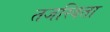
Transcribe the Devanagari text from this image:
तजस्विता